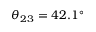
\theta _ { 2 3 } = 4 2 . 1 ^ { \circ }